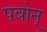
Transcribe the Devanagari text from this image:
पवोन्